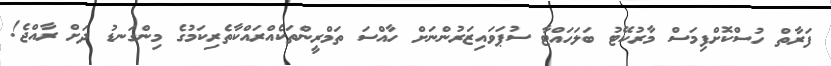
ފަރާތް ހުސްކޮށްފިމަސް މާރުކޭޓު ބަލަހައްޓާ ސުޕަވައިޒަރުންނަށް ހާއްސަ ތަމްރީންތަކެއްރައްކާތެރިކަމުގެ މިންގަނޑު ދަށް ރާއްޖެ!